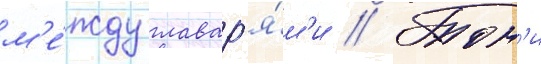
м'е́жду главар'я́м'и // Тон'и